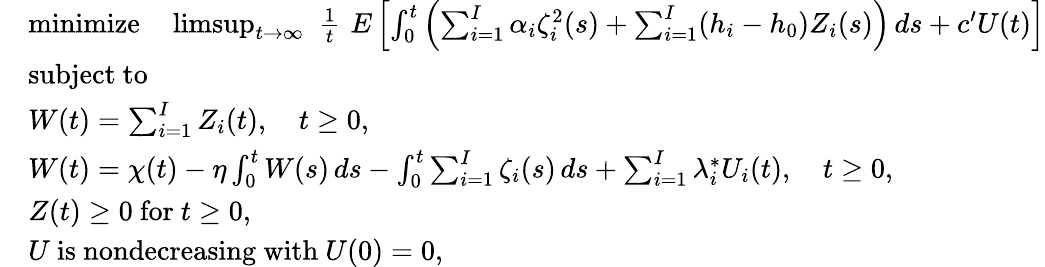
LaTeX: \begin{array}{rl}&{\mathrm{minimize}\quad\operatorname*{limsup}_{t\rightarrow\infty}\, \, \frac{1}{t}\, \, E\left[\int_{0}^{t}\left(\sum_{i=1}^{I}\alpha_{i}\zeta_{i}^{2}(s)+\sum_{i=1}^{I}(h_{i}-h_{0})Z_{i}(s)\right)\, ds+c^{\prime}U(t)\right]}\\ &{\mathrm{subject~to}}\\ &{W(t)=\sum_{i=1}^{I}Z_{i}(t),\quad t\ge 0,}\\ &{W(t)=\chi(t)-\eta\int_{0}^{t}W(s)\, ds-\int_{0}^{t}\sum_{i=1}^{I}\zeta_{i}(s)\, ds+\sum_{i=1}^{I}\lambda_{i}^{*}U_{i}(t),\quad t\ge 0,}\\ &{Z(t)\ge 0\mathrm{~for~}t\ge 0,}\\ &{U\mathrm{~is~nondecreasing~with~}U(0)=0,}\end{array}